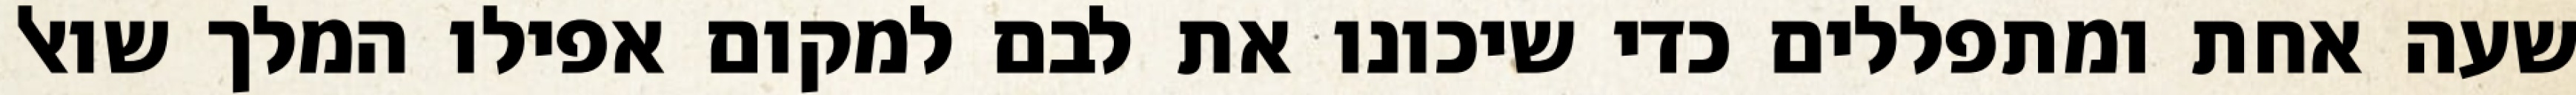
שעה אחת ומתפללים כדי שיכונו את לבם למקום אפילו המלך שואל